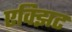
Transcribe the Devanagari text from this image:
एक्झिट